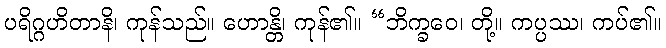
ပရိဂ္ဂဟိတာနိ၊ ကုန်သည်။ ဟောန္တိ၊ ကုန်၏။ “ဘိက္ခဝေ၊ တို့။ ကပ္ပဿ၊ ကပ်၏။